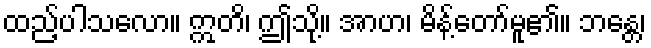
ထည့်ပါသလော။ ဣတိ၊ ဤသို့။ အာဟ၊ မိန့်တော်မူ၏။ ဘန္တေ၊